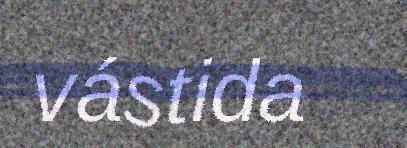
vástida